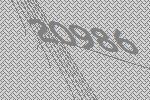
20986